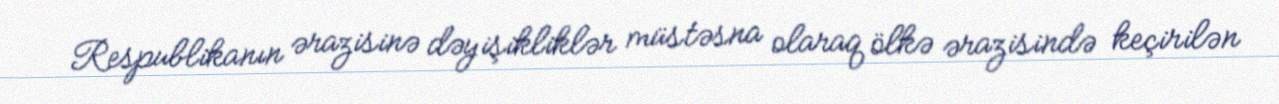
Respublikanın ərazisinə dəyişikliklər müstəsna olaraq ölkə ərazisində keçirilən